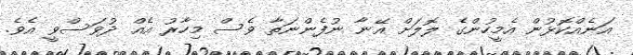
އަނެއްކޮޅުން އެމީހުންގެ ލޮލަށް އޭނާ ނުފެންނަތާ ވެސް މިހާރު އެއް ދުވަސްވީ އެވެ.